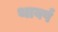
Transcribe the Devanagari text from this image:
थावर्ष